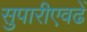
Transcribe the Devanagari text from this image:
सुपारीएवढें